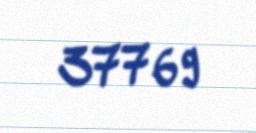
37769